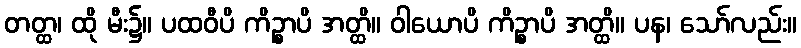
တတ္ထ၊ ထို မီး၌။ ပထဝီပိ ကိဉ္စာပိ အတ္ထိ။ ဝါယောပိ ကိဉ္စာပိ အတ္ထိ။ ပန၊ သော်လည်း။